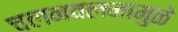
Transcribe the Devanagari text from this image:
चलनवलनामुळे